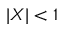
| X | < 1